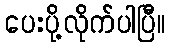
ပေးပို့လိုက်ပါပြီ။